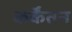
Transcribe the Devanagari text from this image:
कर्केंतन